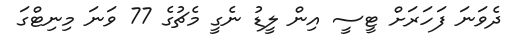
ދެވަނަ ފަހަރަށް ޓީސީ އިން ލީޑު ނެގީ މެޗުގެ 77 ވަނަ މިނިޓްގަ